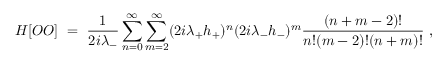
H [ O O ] \ = \ \frac { 1 } { 2 i \lambda _ { - } } \sum _ { n = 0 } ^ { \infty } \sum _ { m = 2 } ^ { \infty } ( 2 i \lambda _ { + } h _ { + } ) ^ { n } ( 2 i \lambda _ { - } h _ { - } ) ^ { m } \frac { ( n + m - 2 ) ! } { n ! ( m - 2 ) ! ( n + m ) ! } \ ,